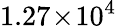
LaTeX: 1.27\! \times\! 10^{4}